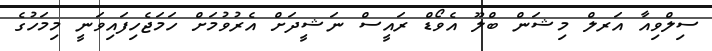
ސިލްވިއާ އަރލް މިޝަން ބްލޫ އެވޯޑް ރައީސް ނަޝީދަށް އެރުވުމަށް ހަމަޖެހިފައިވަނީ މިމަހުގެ